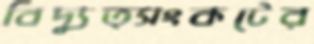
বিদ্যুত্সংকটের